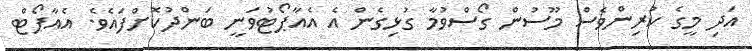
އަދި މީގެ ކުރިންވެސް މޫސުން ގޯސްވުމާ ގުޅިގެން އެ އެއާޕޯޓުވަނީ ބަންދުކޮށްފައެވެ. އެއާޕޯޓް